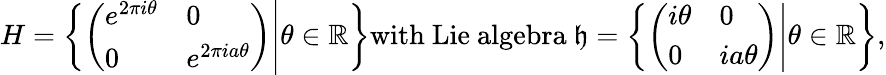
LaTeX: H=\left\{ \left.\left({\begin{array}{ll}{e^{2\pi i\theta}}&{0}\\ {0}&{e^{2\pi ia\theta}}\end{array}}\right)\right|\theta\in\mathbb{R}\right\} {\mathrm{with~Lie~algebra~}}{\mathfrak{h}}=\left\{ \left.\left({\begin{array}{ll}{i\theta}&{0}\\ {0}&{ia\theta}\end{array}}\right)\right|\theta\in\mathbb{R}\right\} ,